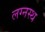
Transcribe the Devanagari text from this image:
लग्नस्थ